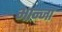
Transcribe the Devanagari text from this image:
भान्जा